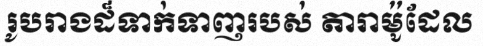
រូបរាងដ៏ទាក់ទាញរបស់ តារាម៉ូដែល